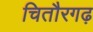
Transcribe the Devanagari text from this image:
चितौरगढ़